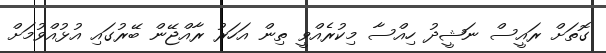
ގޮތަށް ރައީސް ނަޝީދު ހިއްސާ މިކުރެއްވީ ތިން އަހަރު ރާއްޖޭން ބޭރުގައި އުޅުއްވުމަށް